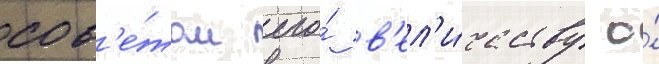
сов'е́том его́ в'ел'и́честву о́